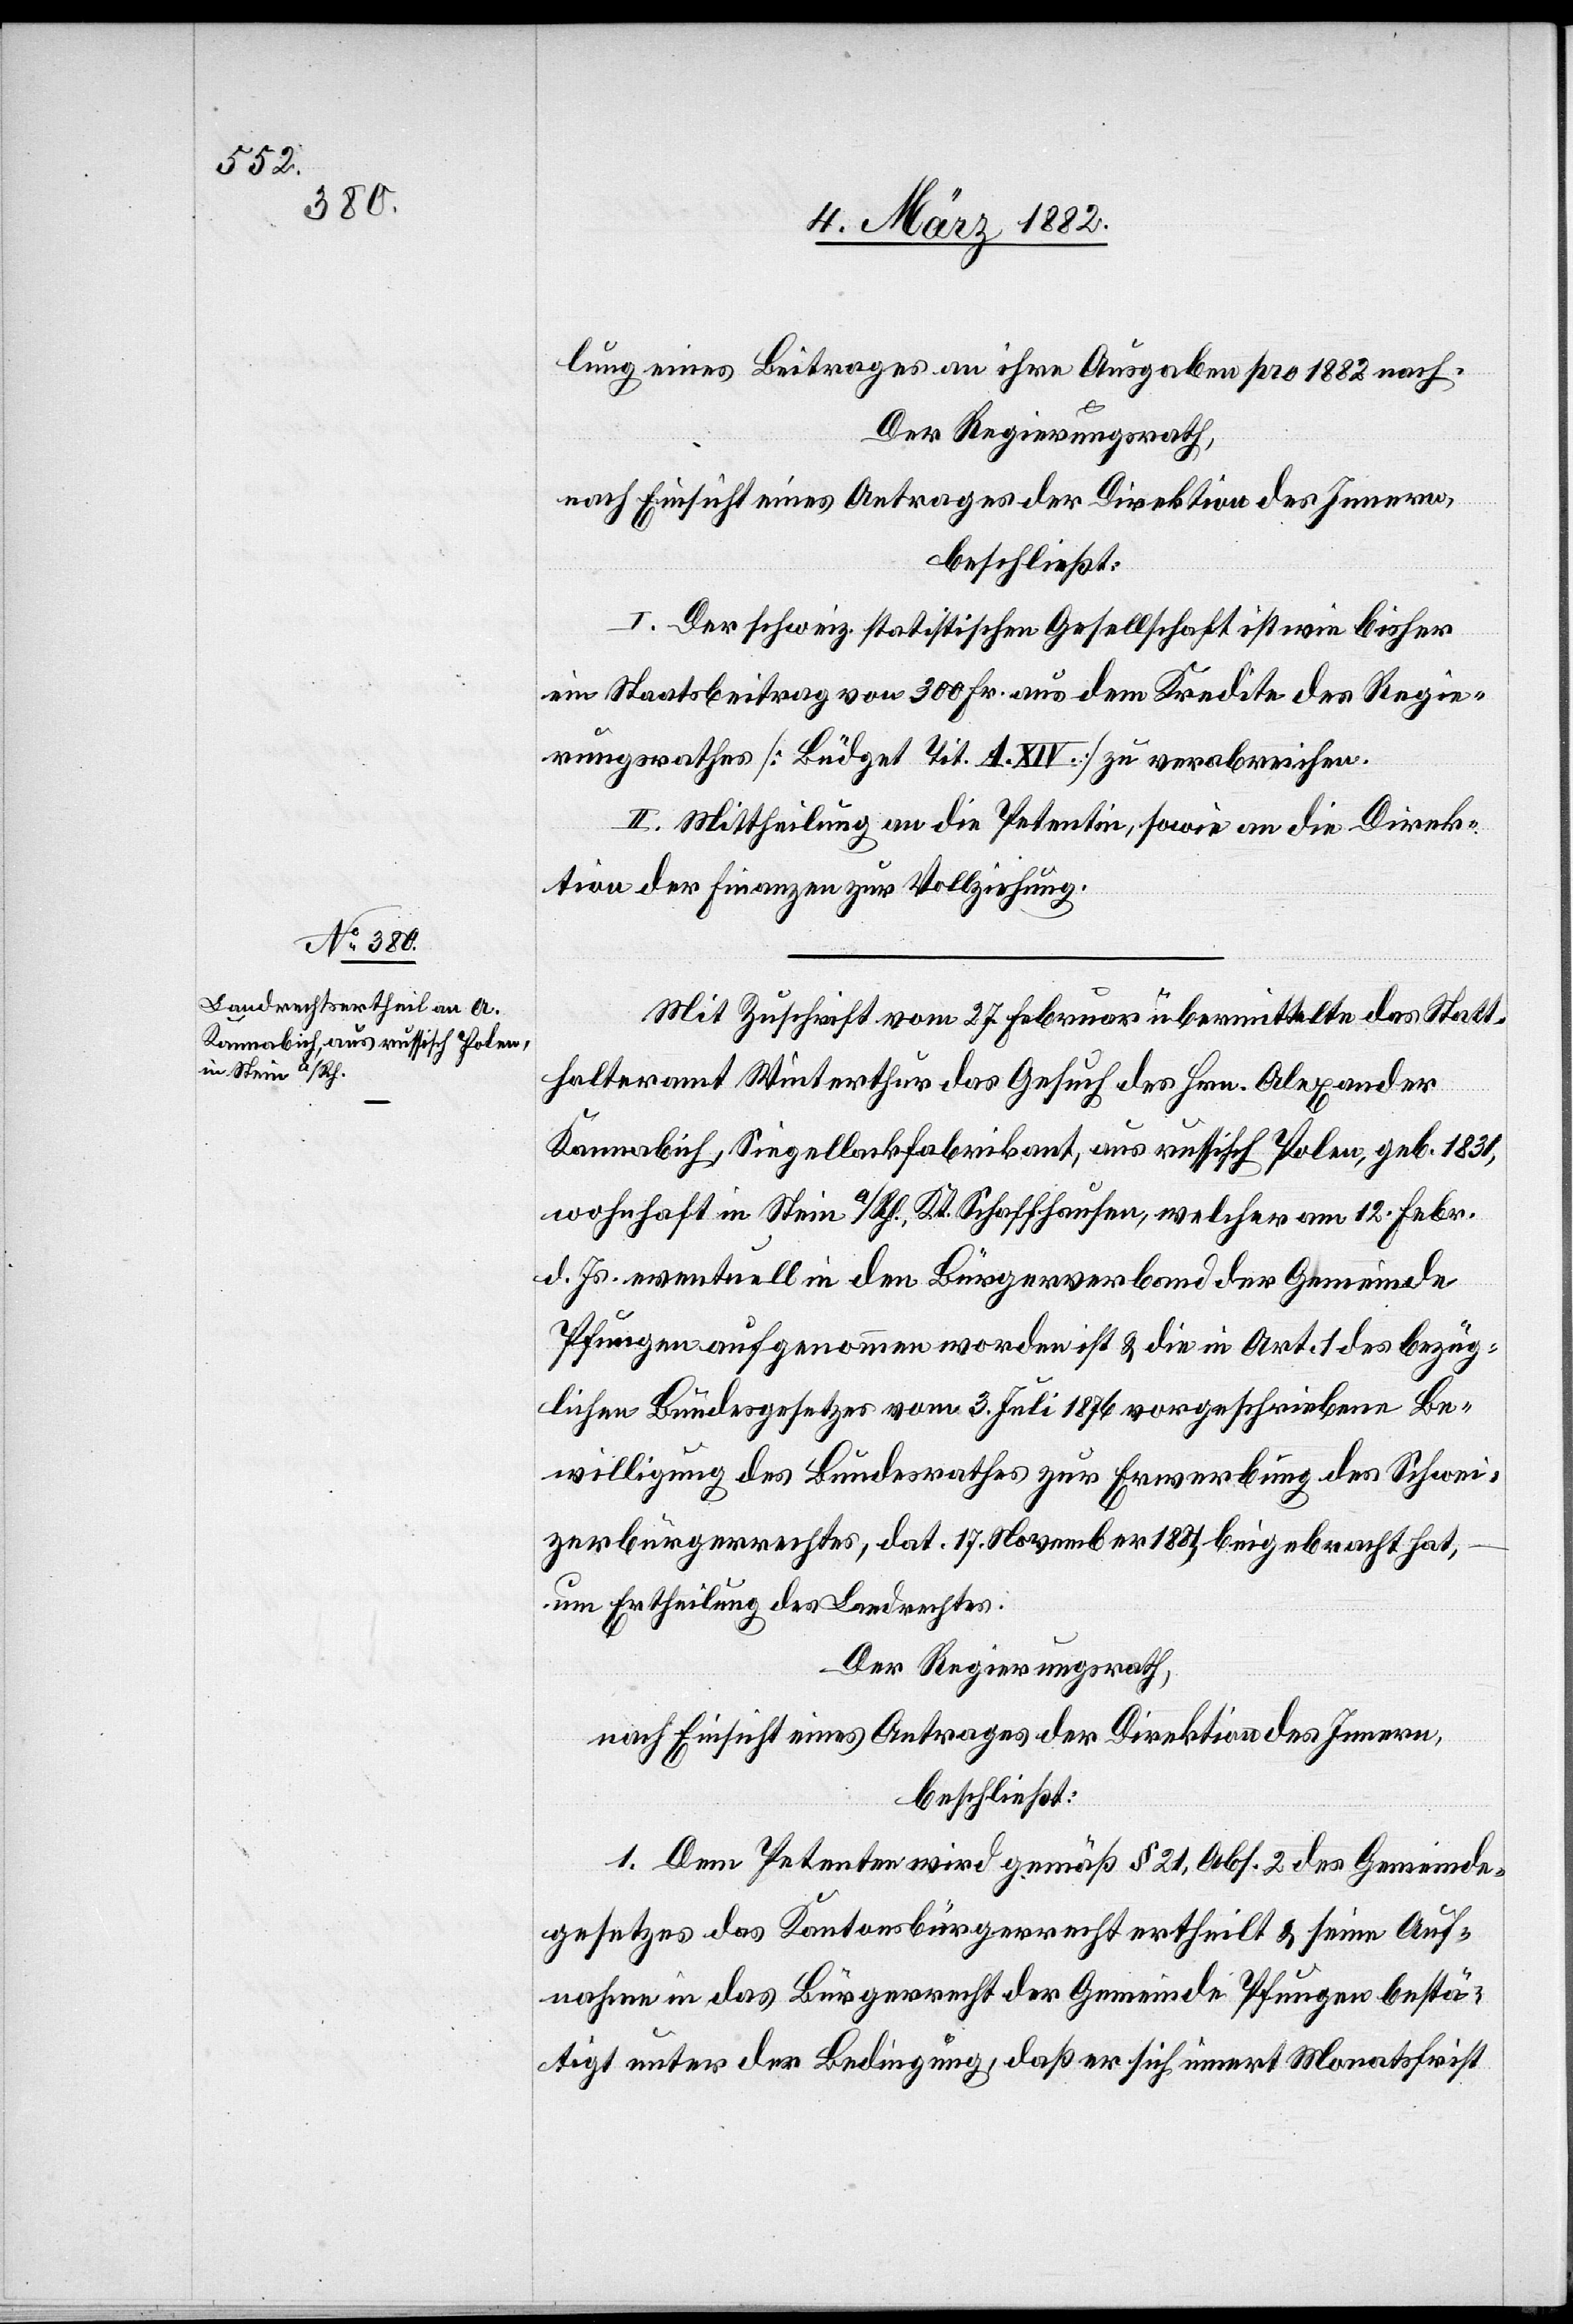
lung eines Beitrages an ihre Ausgaben pro 1882 nach.
Der Regierungsrath,
nach Einsicht eines Antrages der Direktion des Innern,
beschließt:
I. Der Schweiz. statistischen Gesellschaft ist wie bisher
ein Staatsbeitrag von 300 Fr. aus dem Kredite des Regie¬
rungsrathes [Büdget Tit. A. XIV.] zu verabreichen.
II. Mittheilung an die Petentin, sowie an die Direk¬
tion der Finanzen zur Vollziehung.
Mit Zuschrift vom 27. Februar übermittelte das Statt¬
halteramt Winterthur das Gesuch des Hrn. Alexander
Kannabich, Siegellackfabrikant, aus russisch Polen, geb. 1831,
wohnhaft in Stein a/Rh. Kt. Schaffhausen, welcher am 12. Febr.
d. Js. eventuell in den Bürgerverband der Gemeinde
Pfungen aufgenommen worden ist & die in Art. 1 des bezüg¬
lichen Bundesgesetzes vom 3. Juli 1876 vorgeschrieben Be¬
willigung des Bundesrathes zur Erwerbung des Schwei¬
zerbürgerrechtes, dat. 17. November 1881, beigebracht hat,
um Ertheilung des Landrechts.
Der Regierungsrath,
nach Einsicht eines Antrages der Direktion des Innern,
beschließt:
1. Dem Petenten wird gemäß § 21, Abs. 2 des Gemeinde¬
gesetzes das Kantonsbürgerrecht ertheilt & seine Auf¬
nahme in das Bürgerrecht der Gemeinde Pfungen bestä¬
tigt unter der Bedingung, daß er sich innert Monatsfrist